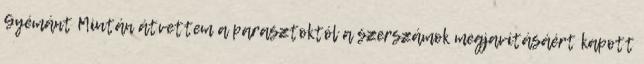
Gyémánt Miután átvettem a parasztoktól a szerszámok megjavításáért kapott